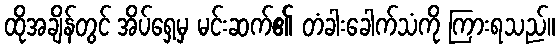
ထိုအချိန်တွင် အိပ်ရှေ့မှ မင်းဆက်၏ တံခါးခေါက်သံကို ကြားရသည်။